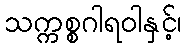
သက္ကစ္စဂါရဝါနှင့်၊